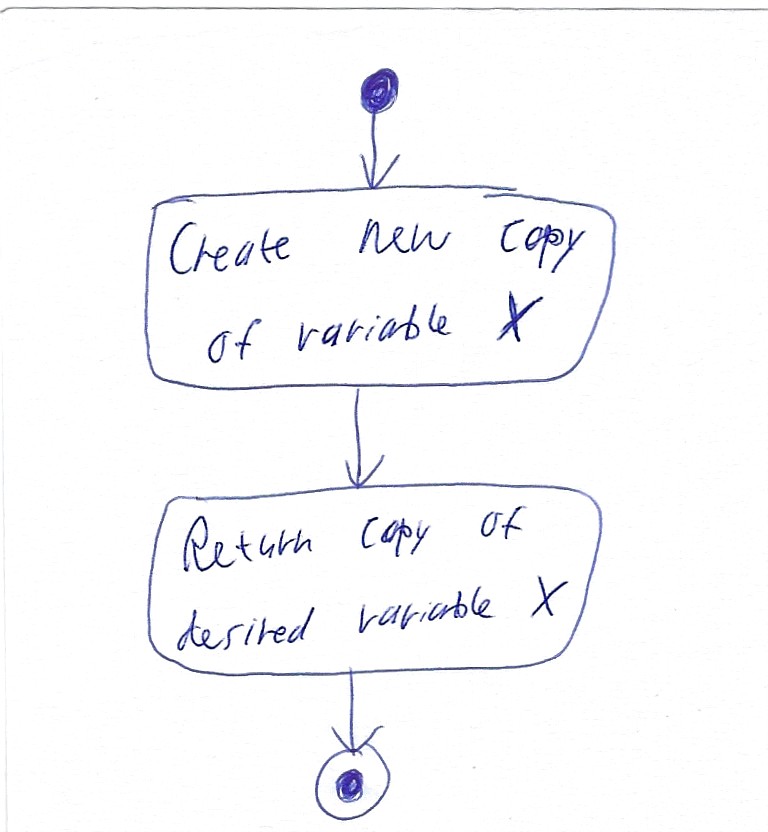
Diagram type: activity_diagram
```plantuml
@startuml

start

:Create new copy of variable X;

:Return copy of desired variable X;

stop

@enduml
```